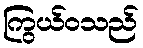
ကြွယ်ဝသည်